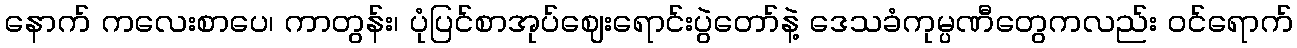
နောက် ကလေးစာပေ၊ ကာတွန်း၊ ပုံပြင်စာအုပ်ဈေးရောင်းပွဲတော်နဲ့ ဒေသခံကုမ္ပဏီတွေကလည်း ဝင်ရောက်